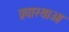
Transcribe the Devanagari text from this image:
प्रवास्थाओ